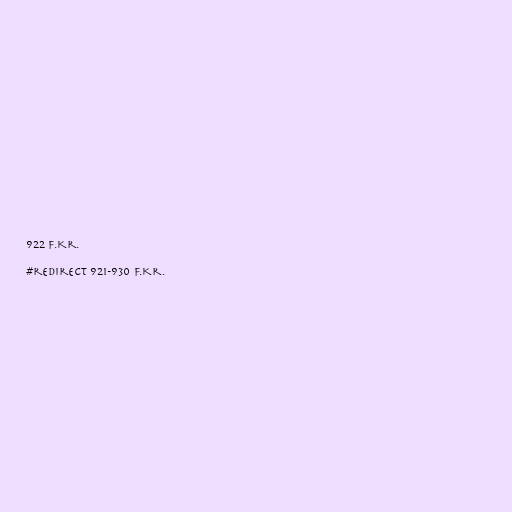
922 f.Kr.

#redirect 921-930 f.Kr.